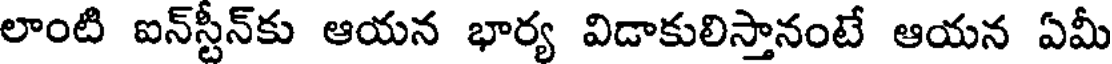
లాంటి ఐన్స్టీన్కు ఆయన భార్య విడాకులిస్తానంటే ఆయన ఏమీ